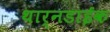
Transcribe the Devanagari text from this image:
थार्नडाईक